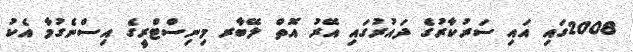
2008ގައި އައި ސަރުކާރުގެ ދައުރުގައި އޭރު އޮތް ލޭބާރ މިނިސްޓްރީގެ އިސްނެގުމާ އެކު